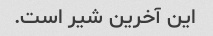
این آخرین شیر است.